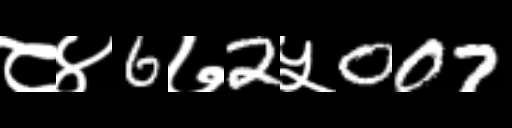
Text: ८४6७2५007